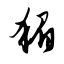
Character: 猸